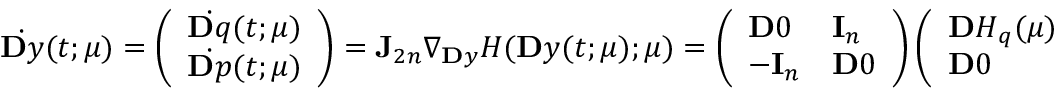
\dot { \ensuremath Ḋ \mathbf Ḋ y Ḍ Ḍ } ( t ; \ensuremath { \boldsymbol Ḋ \mu Ḍ } ) = \left( \begin{array} { l } { \dot { \ensuremath Ḋ \mathbf Ḋ q Ḍ Ḍ } ( t ; \ensuremath { \boldsymbol Ḋ \mu Ḍ } ) } \\ { \dot { \ensuremath Ḋ \mathbf Ḋ p Ḍ Ḍ } ( t ; \ensuremath { \boldsymbol Ḋ \mu Ḍ } ) } \end{array} \right) = \mathbf J _ { 2 n } \nabla _ { \ensuremath Ḋ \mathbf Ḋ y Ḍ Ḍ } H ( \ensuremath { \mathbf Ḋ y Ḍ } ( t ; \ensuremath { \boldsymbol Ḋ \mu Ḍ } ) ; \ensuremath { \boldsymbol Ḋ \mu Ḍ } ) = \left( \begin{array} { l l } { \ensuremath { \mathbf Ḋ 0 Ḍ } } & { \mathbf I _ { n } } \\ { - \mathbf I _ { n } } & { \ensuremath { \mathbf Ḋ 0 Ḍ } } \end{array} \right) \left( \begin{array} { l l } { \ensuremath { \mathbf Ḋ H Ḍ } _ { q } ( \ensuremath { \boldsymbol Ḋ \mu Ḍ } ) } & { \ensuremath { \mathbf Ḋ 0 Ḍ } } \\ { \ensuremath { \mathbf Ḋ 0 Ḍ } } & { \ensuremath { \mathbf Ḋ H Ḍ } _ { p } ( \ensuremath { \boldsymbol Ḋ \mu Ḍ } ) } \end{array} \right) \left( \begin{array} { l } { \ensuremath { \mathbf Ḋ q Ḍ } ( t ; \ensuremath { \boldsymbol Ḋ \mu Ḍ } ) } \\ { \ensuremath { \mathbf Ḋ p Ḍ } ( t ; \ensuremath { \boldsymbol Ḋ \mu Ḍ } ) } \end{array} \right) .